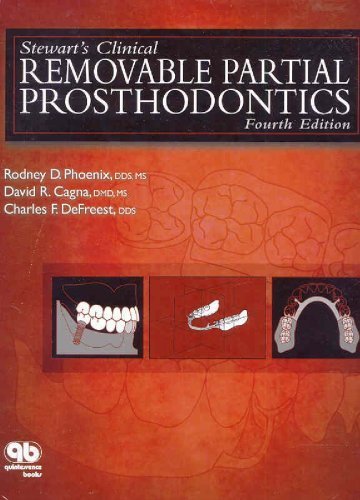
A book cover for By Rodney D. Phoenix, David R. Cagna, Charles F. Defreest: Stewart's Clinical Removable Partial Prosthodontics (Phoenix, Stewart's Clinical Removable Partial Prosthodontics) Fourth (4th) Edition; -Quintessence Pub Co-; Medical Books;